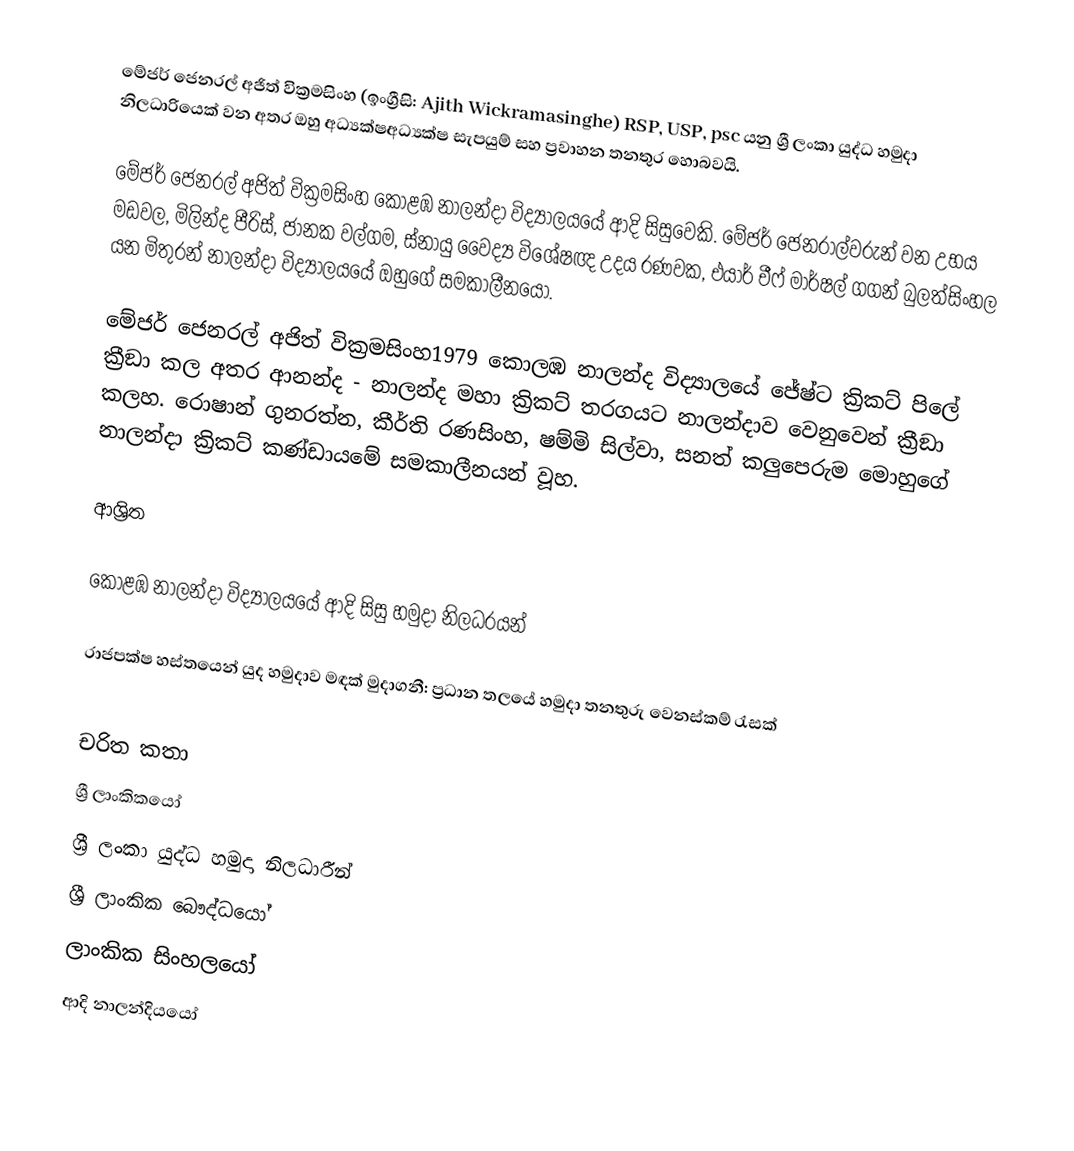
මේජර් ජෙනරල් අජිත් වික්‍රමසිංහ (ඉංග්‍රීසි: Ajith Wickramasinghe) RSP, USP, psc යනු  ශ්‍රී ලංකා යුද්ධ හමුදා නිලධාරියෙක් වන අතර ඔහු අධ්‍යක්ෂඅධ්‍යක්ෂ සැපයුම් සහ ප්‍රවාහන තනතුර හොබවයි.

මේජර් ජෙනරල් අජිත් වික්‍රමසිංහ  කොළඹ නාලන්දා විද්‍යාලයයේ ආදි සිසුවෙකි. මේජර් ජෙනරාල්වරුන් වන උභය මඩවල,  මිලින්ද පීරිස්, ජානක වල්ගම, ස්නායු වෛද්‍ය විශේෂඥ උදය රණවක, එයාර් චීෆ් මාර්ෂල් ගගන් බුලත්සිංහල යන මිතුරන්  නාලන්දා විද්‍යාලයයේ ඔහුගේ සමකාලීනයෝ.

මේජර් ජෙනරල් අජිත් වික්‍රමසිංහ1979 කොලඹ නාලන්ද  විද්‍යාලයේ  ජේෂ්ට ක්‍රිකට් පිලේ ක්‍රීඞා  කල අතර ආනන්ද - නාලන්ද මහා ක්‍රිකට් තරගයට නාලන්දාව වෙනුවෙන් ක්‍රීඞා කලහ. රොෂාන් ගුනරත්න, කීර්ති රණසිංහ, ෂම්මි සිල්වා, සනත් කලුපෙරුම මොහුගේ නාලන්දා ක්‍රිකට් කණ්ඩායමේ සමකාලීනයන් වූහ.

ආශ්‍රිත

 කොළඹ නාලන්දා විද්‍යාලයයේ ආදි සිසු හමුදා නිලධරයන්

 රාජපක්ෂ හස්තයෙන් යුද හමුදාව මඳක් මුදාගනී: ප්‍රධාන තලයේ හමුදා තනතුරු වෙනස්කම් රැසක්

චරිත කතා
ශ්‍රී ලාංකිකයෝ
ශ්‍රී ලංකා යුද්ධ හමුදා නිලධාරීන්
ශ්‍රී ලාංකික බෞද්ධයෝ
ලාංකික සිංහලයෝ
ආදි නාලන්දියයෝ